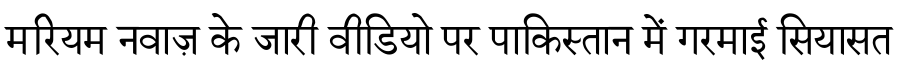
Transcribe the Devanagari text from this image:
मरियम नवाज़ के जारी वीडियो पर पाकिस्तान में गरमाई सियासत